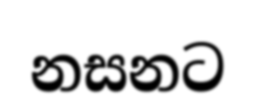
නසනට